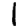
Digit: 1